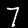
Label: 7